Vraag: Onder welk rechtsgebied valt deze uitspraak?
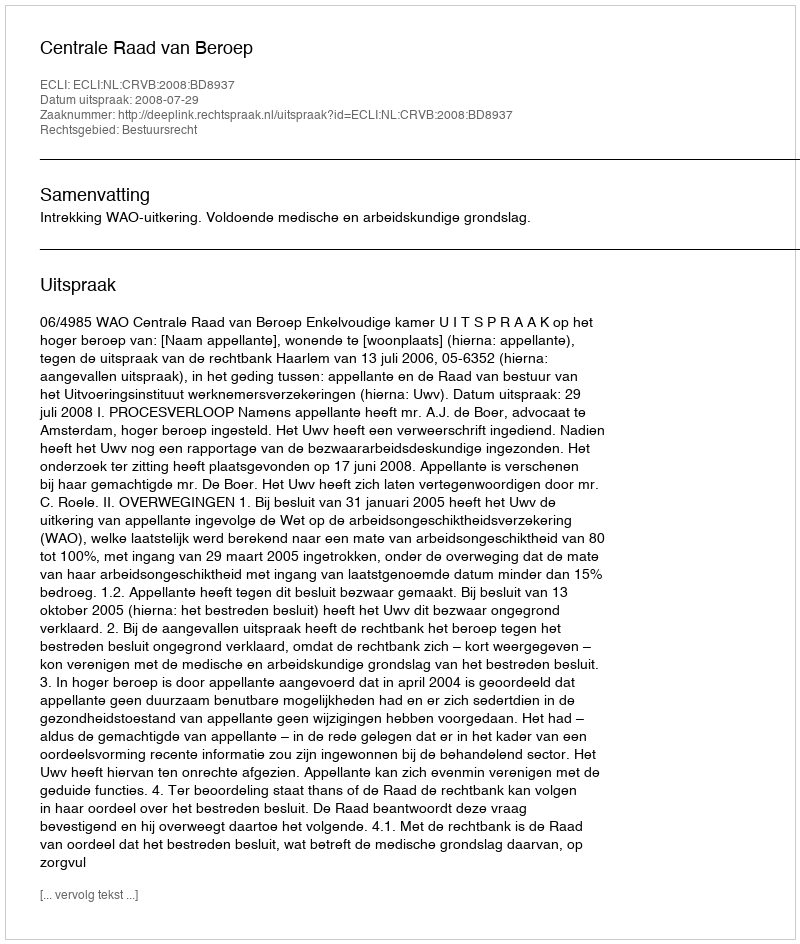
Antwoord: Bestuursrecht